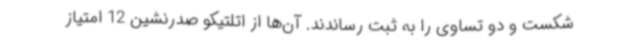
شکست و دو تساوی را به ثبت رساندند. آن‌ها از اتلتیکو صدرنشین 12 امتیاز